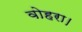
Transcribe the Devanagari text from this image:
वोहरा।